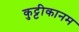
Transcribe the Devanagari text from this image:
कुट्टीकानम